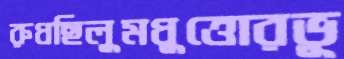
রুধছিলুমধুত্তোরভূ